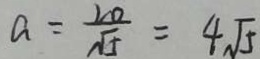
a = \frac { 2 0 } { \sqrt { 5 } } = 4 \sqrt { 5 }